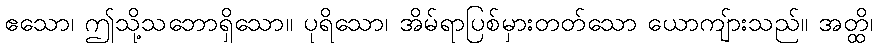
ဧသော၊ ဤသို့သဘောရှိသော။ ပုရိသော၊ အိမ်ရာပြစ်မှားတတ်သော ယောကျ်ားသည်။ အတ္ထိ၊